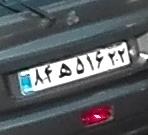
۸۴ه۵۱۶۲۲